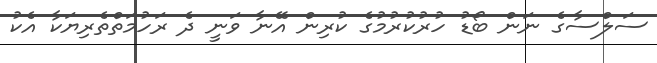
ސަލްސާގެ ނަން ބޯޑު ހުރުކުރުމުގެ ކުރިން އޭނާ ވަނީ ދެ ރަހުމަތްތެރިޔަކާ އެކު